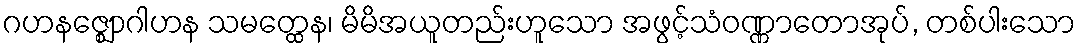
ဂဟနဇ္ဈောဂါဟန သမတ္ထေန၊ မိမိအယူတည်းဟူသော အဖွင့်သံဝဏ္ဏာတောအုပ်, တစ်ပါးသော